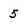
Character: 5